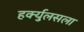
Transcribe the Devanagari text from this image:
हर्क्युलसला